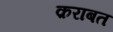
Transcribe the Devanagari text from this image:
क़राबत